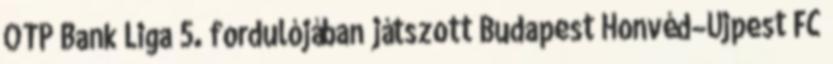
OTP Bank Liga 5. fordulójában játszott Budapest Honvéd–Újpest FC